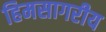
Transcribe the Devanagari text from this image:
हिमसागरीय